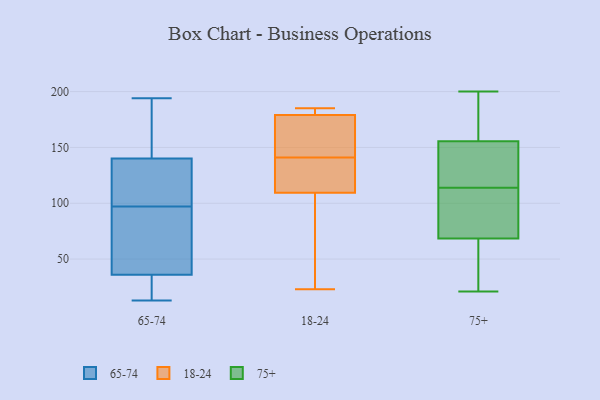
{"axis": {"x": "Headcount", "y": "Value"}, "legend": ["18-24", "65-74", "75+"], "data": [{"x": "", "y": 184, "type": "65-74"}, {"x": "", "y": 29, "type": "65-74"}, {"x": "", "y": 100, "type": "65-74"}, {"x": "", "y": 194, "type": "65-74"}, {"x": "", "y": 165, "type": "65-74"}, {"x": "", "y": 131, "type": "65-74"}, {"x": "", "y": 35, "type": "65-74"}, {"x": "", "y": 29, "type": "65-74"}, {"x": "", "y": 13, "type": "65-74"}, {"x": "", "y": 94, "type": "65-74"}, {"x": "", "y": 82, "type": "65-74"}, {"x": "", "y": 37, "type": "65-74"}, {"x": "", "y": 27, "type": "65-74"}, {"x": "", "y": 153, "type": "65-74"}, {"x": "", "y": 83, "type": "65-74"}, {"x": "", "y": 140, "type": "65-74"}, {"x": "", "y": 140, "type": "65-74"}, {"x": "", "y": 107, "type": "65-74"}, {"x": "", "y": 63, "type": "65-74"}, {"x": "", "y": 121, "type": "65-74"}, {"x": "", "y": 109, "type": "18-24"}, {"x": "", "y": 181, "type": "18-24"}, {"x": "", "y": 141, "type": "18-24"}, {"x": "", "y": 62, "type": "18-24"}, {"x": "", "y": 111, "type": "18-24"}, {"x": "", "y": 104, "type": "18-24"}, {"x": "", "y": 173, "type": "18-24"}, {"x": "", "y": 23, "type": "18-24"}, {"x": "", "y": 185, "type": "18-24"}, {"x": "", "y": 182, "type": "18-24"}, {"x": "", "y": 163, "type": "18-24"}, {"x": "", "y": 127, "type": "18-24"}, {"x": "", "y": 124, "type": "18-24"}, {"x": "", "y": 166, "type": "18-24"}, {"x": "", "y": 185, "type": "18-24"}, {"x": "", "y": 112, "type": "75+"}, {"x": "", "y": 128, "type": "75+"}, {"x": "", "y": 29, "type": "75+"}, {"x": "", "y": 200, "type": "75+"}, {"x": "", "y": 104, "type": "75+"}, {"x": "", "y": 21, "type": "75+"}, {"x": "", "y": 33, "type": "75+"}, {"x": "", "y": 115, "type": "75+"}, {"x": "", "y": 113, "type": "75+"}, {"x": "", "y": 187, "type": "75+"}, {"x": "", "y": 161, "type": "75+"}, {"x": "", "y": 150, "type": "75+"}]}